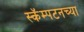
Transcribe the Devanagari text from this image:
स्कॅम्पटनच्या